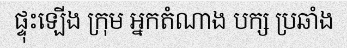
ផ្ទុះឡើង ក្រុម អ្នកតំណាង បក្ស ប្រឆាំង